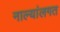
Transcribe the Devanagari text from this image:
नाल्यांलगत